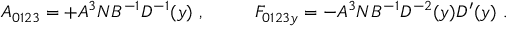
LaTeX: { \cal A } _ { 0 1 2 3 } = + A ^ { 3 } N B ^ { - 1 } D ^ { - 1 } ( y ) \ , \ \ \ \ \ \ \ \ { \cal F } _ { 0 1 2 3 y } = - A ^ { 3 } N B ^ { - 1 } D ^ { - 2 } ( y ) D ^ { \prime } ( y ) \ .